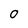
Character: 0